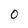
Character: 0